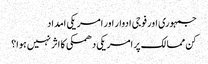
جمہوری اور فوجی ادوار اور امریکی امداد
کن ممالک پر امریکی دھمکی کا اثر نہیں ہوا؟